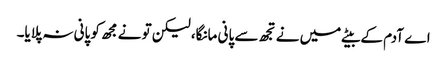
اے آدم کے بیٹے میں نے تجھ سے پانی مانگا، لیکن تو نے مجھ کو پانی نہ پلایا۔